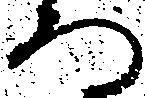
ろ